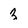
Character: z